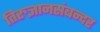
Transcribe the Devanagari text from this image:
तिरुज्ञानसंबन्दर